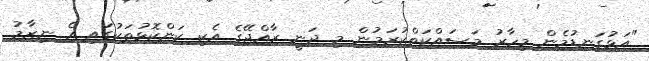
"އަޅުގަނޑުމެން މިހާރު މަސައްކަތްކުރަމުން މި ދަނީ ރާއްޖޭގެ އެކި ކަންކޮޅުތަކުގައި އެ ނިޒާމު